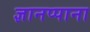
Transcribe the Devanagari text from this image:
ज्ञानप्पाना